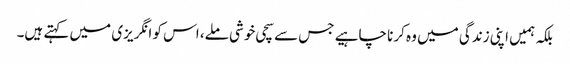
بلکہ ہمیں اپنی زندگی میں وہ کرنا چاہیے جس سے سچی خوشی ملے، اس کو انگریزی میں کہتے ہیں۔